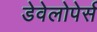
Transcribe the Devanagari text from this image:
डेवेलोपेर्स